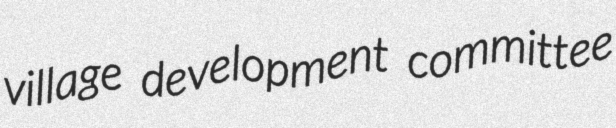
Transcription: village development committee